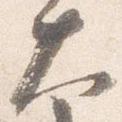
大